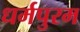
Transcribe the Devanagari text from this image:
धर्मपुरम